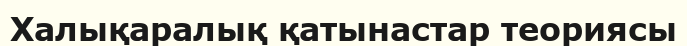
Халықаралық қатынастар теориясы